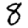
Digit: 8